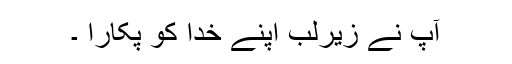
آپ نے زیرلب اپنے خدا کو پکارا ۔